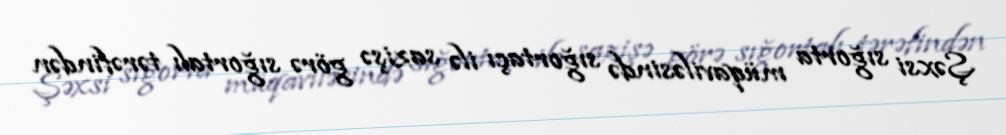
Şəxsi sığorta müqaviləsində sığortaçı ilə sazişə görə sığortalı tərəfindən